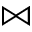
\Join